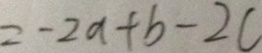
= - 2 a + b - 2 c